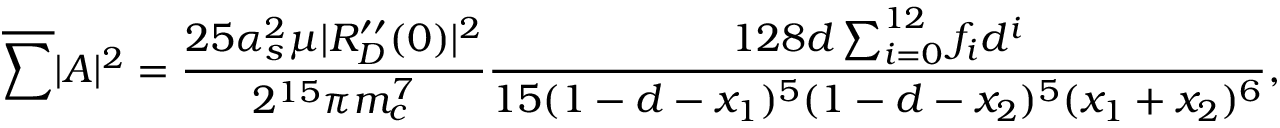
\nonumber \overline { { { \sum } } } | { \cal A } | ^ { 2 } = \frac { 2 5 \alpha _ { s } ^ { 2 } \mu | R _ { D } ^ { \prime \prime } ( 0 ) | ^ { 2 } } { 2 ^ { 1 5 } \pi m _ { c } ^ { 7 } } \frac { 1 2 8 d \sum _ { i = 0 } ^ { 1 2 } f _ { i } d ^ { i } } { 1 5 ( 1 - d - x _ { 1 } ) ^ { 5 } ( 1 - d - x _ { 2 } ) ^ { 5 } ( x _ { 1 } + x _ { 2 } ) ^ { 6 } } ,